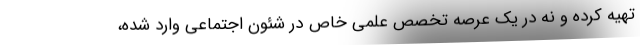
تهیه کرده و نه در یک عرصه تخصص علمی خاص در شئون اجتماعی وارد شده،